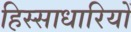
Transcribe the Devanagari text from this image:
हिस्साधारियों